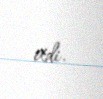
etdi.